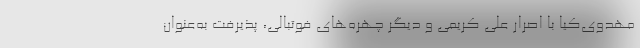
مهدوی‌کیا با اصرار علی کریمی و دیگر چهره‌های فوتبالی، پذیرفت به‌عنوان